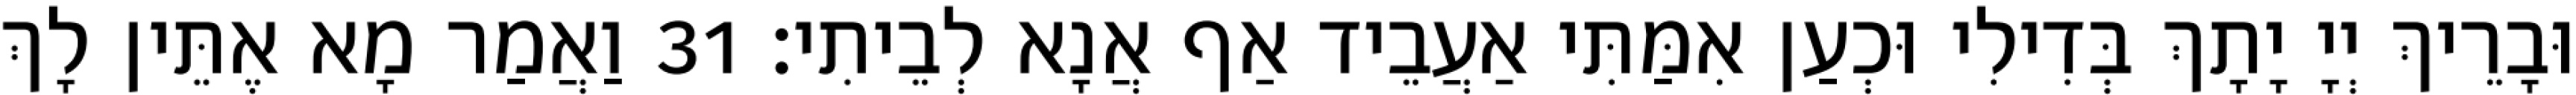
וּבָרֵיךְ יְיָ יָתָךְ בְּדִילִי וּכְעַן אִמַּתִּי אַעֲבֵיד אַף אֲנָא לְבֵיתִי׃ 31 וַאֲמַר מָא אֶתֵּין לָךְ